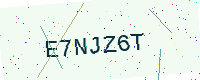
Text: E7NJZ6T